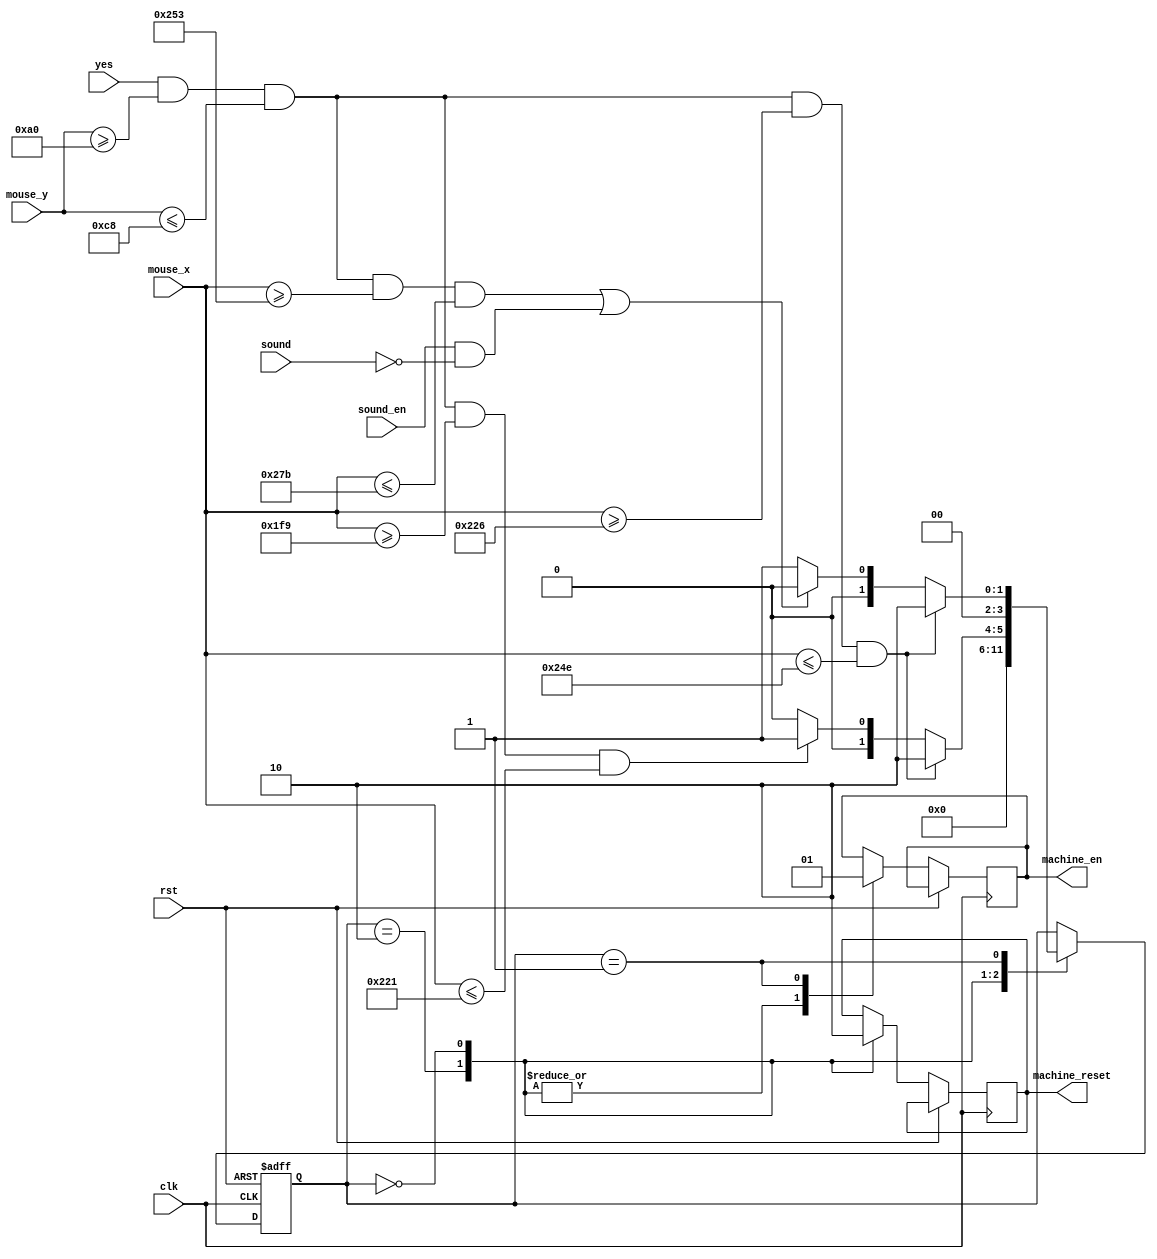
module appcontrol(
    input clk,
    input rst,
    input [9:0] mouse_x,
    input [9:0] mouse_y,
    input yes,
    output reg machine_en,
    output reg machine_reset,
    input sound,
    input sound_en
);
    parameter stop=4'd0;
    parameter start=4'd1;
    parameter reset=4'd2;
    reg [3:0] state;
    always@(posedge clk or posedge rst)
    begin
    if(rst)
    begin
    state<=reset;
    end
    else
    begin
        case(state)
        reset:
        begin
            machine_reset<=1;
            machine_en<=0;
            state<=stop;
        end
        stop:
        begin
            machine_reset<=0;
            machine_en<=0;
            if(yes&&mouse_y>=160&&mouse_y<=200&&mouse_x>=550&&mouse_x<=590)
                state<=reset;
            else if(yes&&mouse_y>=160&&mouse_y<=200&&mouse_x>=505&&mouse_x<=545)
                state<=start;
            else
                state<=stop;
        end
        start:
        begin
            machine_en<=1;
            if(yes&&mouse_y>=160&&mouse_y<=200&&mouse_x>=550&&mouse_x<=590)
                state<=reset;
            else if((yes&&mouse_y>=160&&mouse_y<=200&&mouse_x>=595&&mouse_x<=635)||(sound_en&&~sound))
                state<=stop;
            else
                state<=start;
        end
        endcase
    end
    end
endmodule